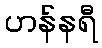
ဟန်နရီ